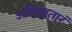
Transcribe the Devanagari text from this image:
अधिष्ठातारं